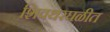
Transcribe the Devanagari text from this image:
शिवथरघळीत